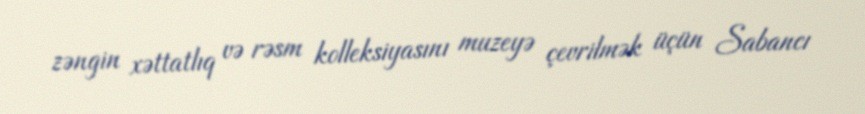
zəngin xəttatlıq və rəsm kolleksiyasını muzeyə çevrilmək üçün Sabancı